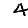
Digit: 4